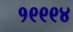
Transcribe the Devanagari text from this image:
१९९९४